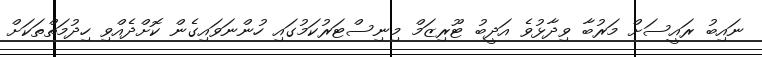
ނައިބު ރައީސަށް މަރުބާ ވިދާޅުވެ އަދީބު ޓޫރިޒަމް މިނިސްޓަރުކަމުގައި ހުންނަވައިގެން ކޮށްދެއްވި ހިދުމަތްތަކަށް